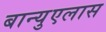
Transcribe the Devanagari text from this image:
बान्युएलास